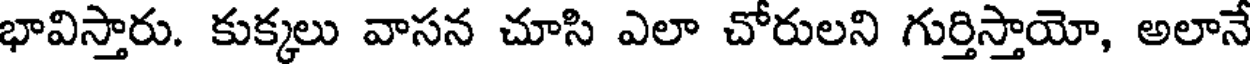
భావిస్తారు. కుక్కలు వాసన చూసి ఎలా చోరులని గుర్తిస్తాయో, అలానే